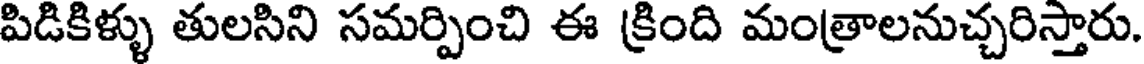
పిడికిళ్ళు తులసిని సమర్పించి ఈ క్రింది మంత్రాలనుచ్చరిస్తారు.